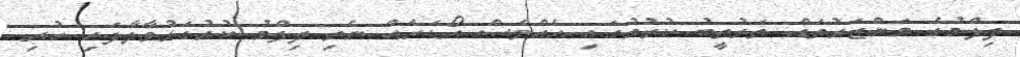
ފިލްމުގެ މަންޒަރުތައް ތަރުތީބު ކުރުމުގައި އެއްވެސް އޯޑަރެއް ނެތި ފިލްމު ކުރުގަޅުވާލާފައި ހުރި